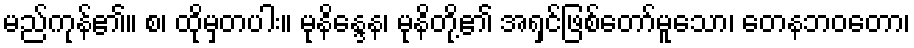
မည်ကုန်၏။ စ၊ ထိုမှတပါး။ မုနိန္ဒေန၊ မုနိတို့၏ အရှင်ဖြစ်တော်မူသော၊ တေနဘဝတော၊